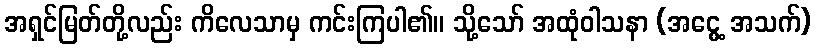
အရှင်မြတ်တို့လည်း ကိလေသာမှ ကင်းကြပါ၏။ သို့သော် အထုံဝါသနာ (အငွေ့ အသက်)